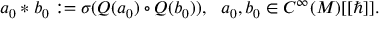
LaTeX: a _ { 0 } * b _ { 0 } : = \sigma ( Q ( a _ { 0 } ) \circ Q ( b _ { 0 } ) ) , \ \ a _ { 0 } , b _ { 0 } \in C ^ { \infty } ( M ) [ [ \hbar ] ] .